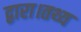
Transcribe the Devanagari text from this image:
द्वारा।तथ्य